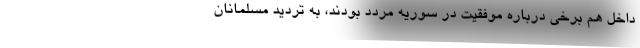
داخل هم برخی درباره موفقیت در سوریه مردد بودند، به تردید مسلمانان